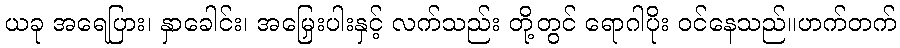
ယခု အရေပြား၊ နှာခေါင်း၊ အမြှေးပါးနှင့် လက်သည်း တို့တွင် ရောဂါပိုး ဝင်နေသည်။ဟက်တက်